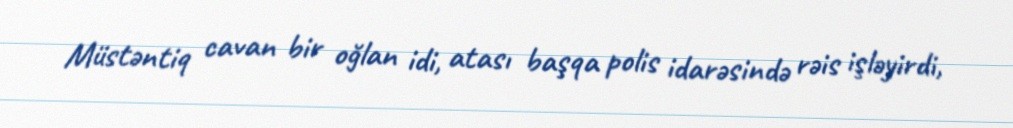
Müstəntiq cavan bir oğlan idi, atası başqa polis idarəsində rəis işləyirdi,